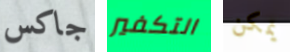
جاكس التكفير يمكن